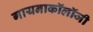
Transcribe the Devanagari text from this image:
गायनाकॉलॉजी